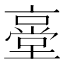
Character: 㙶